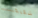
شقيقته